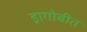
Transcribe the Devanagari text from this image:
ड्रागोबीत